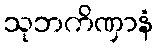
သုဘကိဏှာနံ